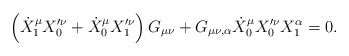
\begin{align*}\left(\dot{X}_{1}^{\mu} X_{0}'^{\nu} + \dot{X}_{0}^{\mu} X_{1}'^{\nu}\right) G_{\mu \nu} + G_{\mu \nu, \alpha} \dot{X}_{0}^{\mu} X_{0}'^{\nu}X_{1}^{\alpha}=0.\end{align*}